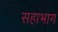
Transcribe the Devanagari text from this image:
सहाभाग